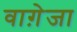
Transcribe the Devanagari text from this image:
वाग़ेजा